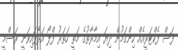
ފަސް ފެކްޓަރީއެއް ހިންގަމުން ދިޔަ އިމާރާތުގެ މަތީ ހަތަރު ފްލޯ އަޅާފައިވަނީ ރަސްމީ